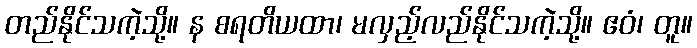
တည်နိုင်သကဲ့သို့။ န စရတိယထာ၊ မလှည့်လည်နိုင်သကဲ့သို့။ ဧဝံ၊ တူ။